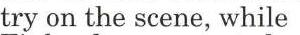
try on the scene, while